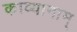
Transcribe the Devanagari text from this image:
काव्यानाम्